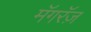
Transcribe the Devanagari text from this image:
मॅगरॅज़